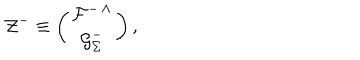
LaTeX: { \cal Z } ^ { - } \equiv \left( \begin{matrix} { { { \cal F } ^ { - \, \Lambda } } } \\ { { { \cal G } _ { \Sigma } ^ { - } } } \\ \end{matrix} \right) ,